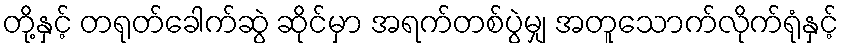
တို့နှင့် တရုတ်ခေါက်ဆွဲ ဆိုင်မှာ အရက်တစ်ပွဲမျှ အတူသောက်လိုက်ရုံနှင့်